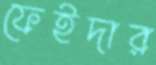
ফেইদার